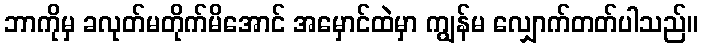
ဘာကိုမှ ခလုတ်မတိုက်မိအောင် အမှောင်ထဲမှာ ကျွန်မ လျှောက်တတ်ပါသည်။